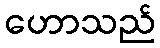
ဟောသည်